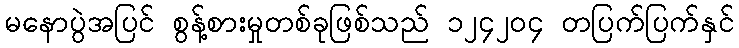
မနောပွဲအပြင် စွန့်စားမှုတစ်ခုဖြစ်သည် ၁၂၄၂၀၄ တပြက်ပြက်နှင်